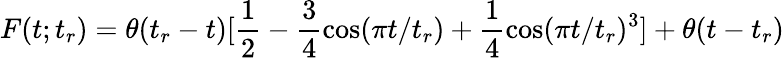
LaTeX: F(t;t_{r})=\theta(t_{r}-t)[\frac{1}{2}-\frac{3}{4}\cos(\pi t/t_{r})+\frac{1}{4}\cos(\pi t/t_{r})^{3}]+\theta(t-t_{r})